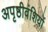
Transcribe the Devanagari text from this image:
अपृष्ठीवंशियों